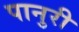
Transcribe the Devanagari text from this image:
पानुरी